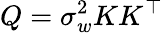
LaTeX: Q=\sigma_{w}^{2}KK^{\top}